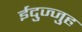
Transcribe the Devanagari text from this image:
ईदुज्जुह